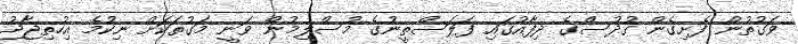
ވަގުތުން ފެށިގެން ގުދުސްގެ ދިފާއުގައި ފަލަސްތީނުގެ މުސްލިމުން ވަނީ މަގުތަކަށް ނިކުމެ އިހުތިޖާޖު